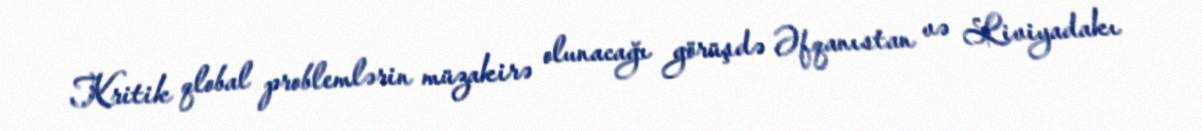
Kritik qlobal problemlərin müzakirə olunacağı görüşdə Əfqanıstan və Liviyadakı